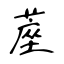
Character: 蓙